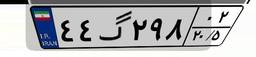
۴۴گ۲۹۸۰۲